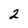
Character: 2